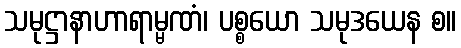
သမုဋ္ဌာနာဟာရာမ္မဏံ၊ ပစ္စယော သမုဒယေန စ။